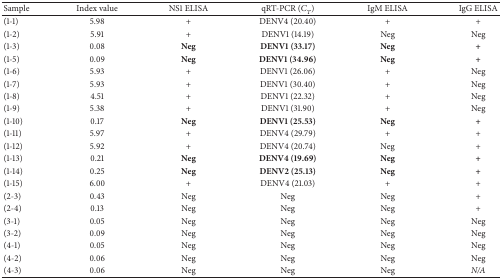
<table><thead><tr><td><b>Sample</b></td><td><b>Index value</b></td><td><b>NS1 ELISA</b></td><td><b>qRT-PCR (<i>C</i><sub><i>T</i></sub>)</b></td><td><b>IgM ELISA</b></td><td><b>IgG ELISA</b></td></tr></thead><tbody><tr><td>(1-1)</td><td>5.98</td><td>+</td><td>DENV4 (20.40)</td><td>+</td><td>+</td></tr><tr><td>(1-2)</td><td>5.91</td><td>+</td><td>DENV1 (14.19)</td><td>Neg</td><td>Neg</td></tr><tr><td>(1-3)</td><td>0.08</td><td><b>Neg</b></td><td><b>DENV1 (33.17)</b></td><td><b>Neg</b></td><td>+</td></tr><tr><td>(1-5)</td><td>0.09</td><td><b>Neg</b></td><td><b>DENV1 (34.96)</b></td><td><b>Neg</b></td><td>+</td></tr><tr><td>(1-6)</td><td>5.93</td><td>+</td><td>DENV1 (26.06)</td><td>+</td><td>Neg</td></tr><tr><td>(1-7)</td><td>5.93</td><td>+</td><td>DENV1 (30.40)</td><td>+</td><td>Neg</td></tr><tr><td>(1-8)</td><td>4.51</td><td>+</td><td>DENV1 (22.32)</td><td>+</td><td>Neg</td></tr><tr><td>(1-9)</td><td>5.38</td><td>+</td><td>DENV1 (31.90)</td><td>+</td><td>Neg</td></tr><tr><td>(1-10)</td><td>0.17</td><td><b>Neg</b></td><td><b>DENV1 (25.53)</b></td><td><b>Neg</b></td><td>+</td></tr><tr><td>(1-11)</td><td>5.97</td><td>+</td><td>DENV4 (29.79)</td><td>+</td><td>+</td></tr><tr><td>(1-12)</td><td>5.92</td><td>+</td><td>DENV4 (20.74)</td><td>Neg</td><td>+</td></tr><tr><td>(1-13)</td><td>0.21</td><td><b>Neg</b></td><td><b>DENV4 (19.69)</b></td><td><b>Neg</b></td><td>+</td></tr><tr><td>(1-14)</td><td>0.25</td><td><b>Neg</b></td><td><b>DENV2 (25.13)</b></td><td><b>Neg</b></td><td>+</td></tr><tr><td>(1-15)</td><td>6.00</td><td>+</td><td>DENV4 (21.03)</td><td>+</td><td>+</td></tr><tr><td>(2-3)</td><td>0.43</td><td>Neg</td><td>Neg</td><td>Neg</td><td>+</td></tr><tr><td>(2-4)</td><td>0.13</td><td>Neg</td><td>Neg</td><td>Neg</td><td>+</td></tr><tr><td>(3-1)</td><td>0.05</td><td>Neg</td><td>Neg</td><td>Neg</td><td>Neg</td></tr><tr><td>(3-2)</td><td>0.09</td><td>Neg</td><td>Neg</td><td>Neg</td><td>Neg</td></tr><tr><td>(4-1)</td><td>0.05</td><td>Neg</td><td>Neg</td><td>Neg</td><td>Neg</td></tr><tr><td>(4-2)</td><td>0.06</td><td>Neg</td><td>Neg</td><td>Neg</td><td>Neg</td></tr><tr><td>(4-3)</td><td>0.06</td><td>Neg</td><td>Neg</td><td>Neg</td><td><i>N/A</i></td></tr></tbody></table>